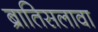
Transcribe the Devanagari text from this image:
ब्रातिसलावा